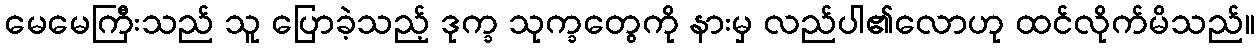
မေမေကြီးသည် သူ ပြောခဲ့သည့် ဒုက္ခ သုက္ခတွေကို နားမှ လည်ပါ၏လောဟု ထင်လိုက်မိသည်။